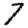
Digit: 7